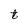
Character: t